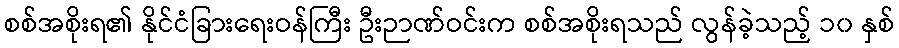
စစ်အစိုးရ၏ နိုင်ငံခြားရေးဝန်ကြီး ဦးဉာဏ်ဝင်းက စစ်အစိုးရသည် လွန်ခဲ့သည့် ၁၀ နှစ်